Jarvakandi_vallavalitsus, lk 9
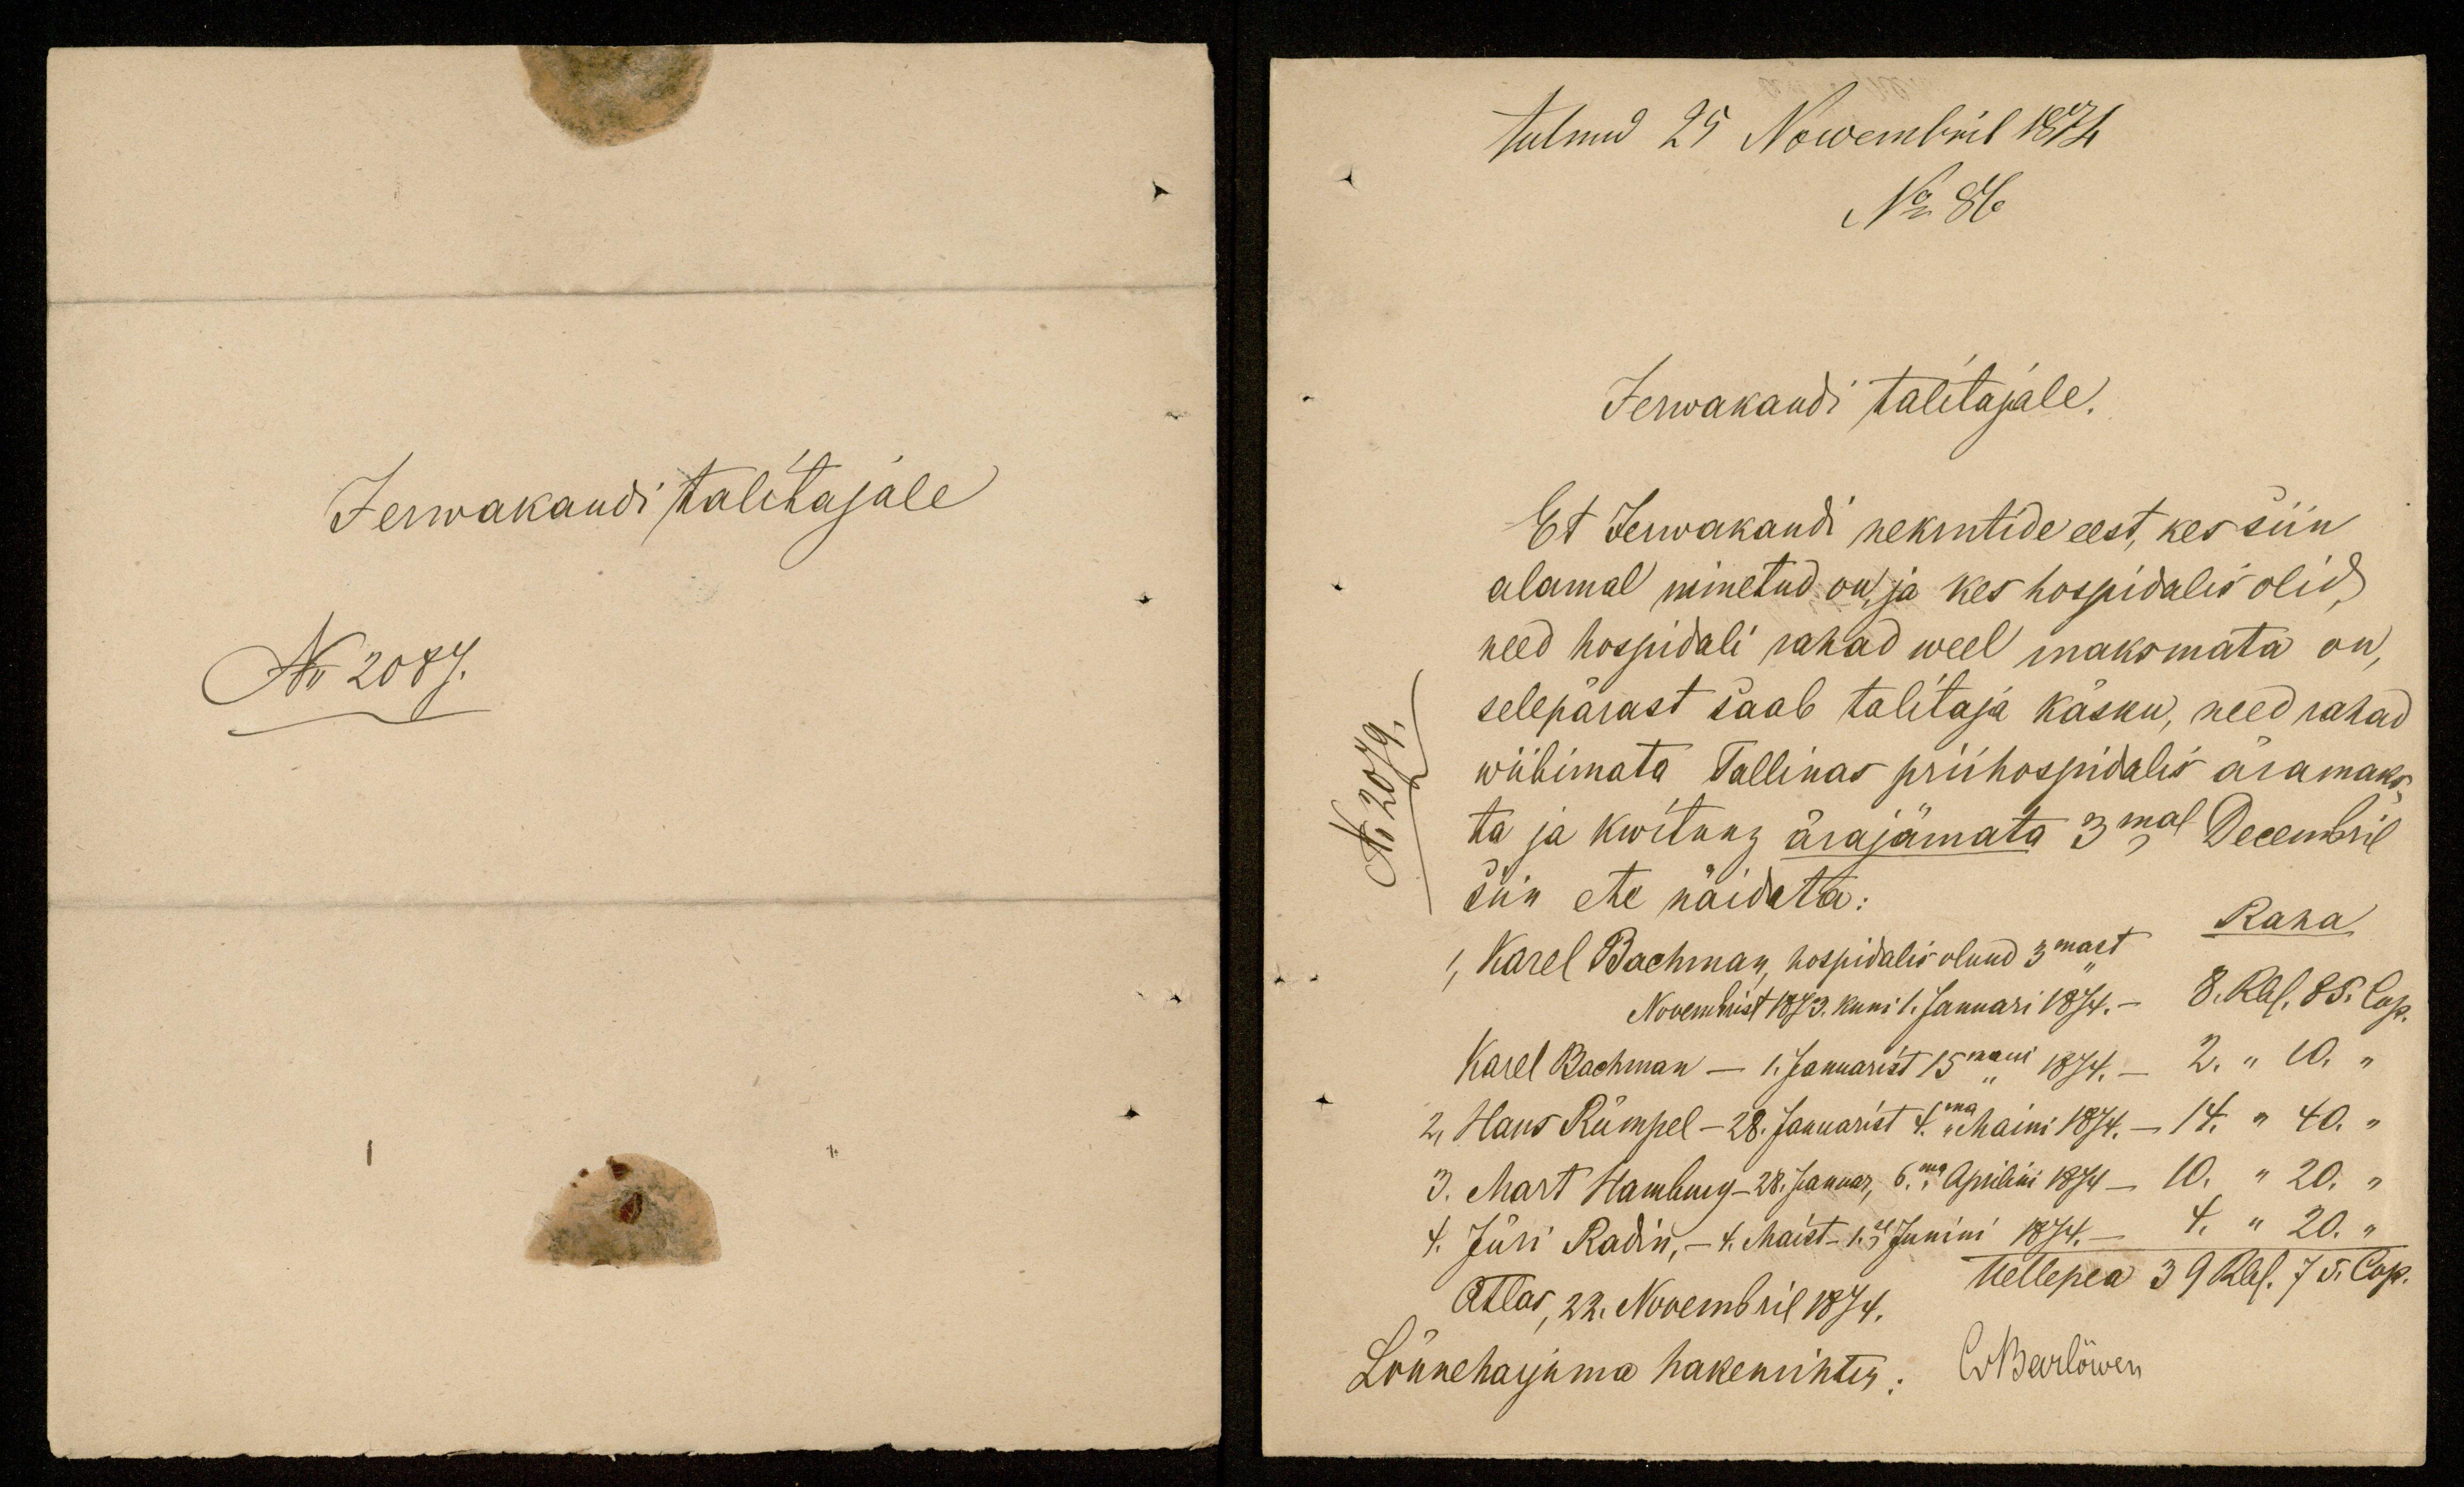
Jerwakandi talitajale
N. 2087.

tulnud 25 Nowembril 1874
No: 86
Jerwakandi talitajale.
Et Jerwakandi nekrutide eest, kes siin
alamal nimetud on, ja kes hospidalis olid,
need hospidali rahad weel maksmata on,
selepärast saab talitaja käsku, need rahad
wiibimata Tallinas priihospidalis äramaks-
ta ja kwitung ärajämata 3mal Decembril
Siin ete näideta:
Raha
1, Karel Bachman, hospidalis olnud 3mast
Novembrist 1873. kuni 1. Januari 1874. - 8. Rbl. 85. Cop.
Karel Bachman - 1. Januarist 15mani 1874. - 2. " 10. "
2, Hans Rümpel - 28. Januarist 4ma Maini 1874, - 14. " 40. "
3. Mart Hamburg - 28. Jaanuar, 6ma Aprilini 1874 - 10. "20. "
4. Jüri Radin, - 4. Maist-1.se Junini 1874 - 4. " 20. "
Atlas, 22. Nowembril 1874. Hellepea 39 Rbl. 75. Cop.
Lääneharjuma hakemrihter: O. Harlõwen